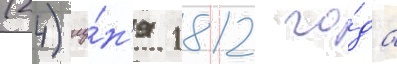
(24) иу́н'я 1812 го́да